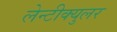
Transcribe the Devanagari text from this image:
लेन्टीक्युलर